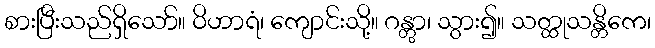
စားပြီးသည်ရှိသော်။ ဝိဟာရံ၊ ကျောင်းသို့။ ဂန္တွာ၊ သွား၍။ သတ္ထုသန္တိကေ၊